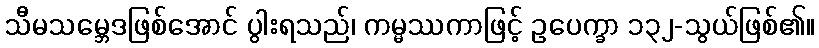
သီမသမ္ဘေဒဖြစ်အောင် ပွါးရသည်၊ ကမ္မဿကာဖြင့် ဥပေက္ခာ ၁၃၂-သွယ်ဖြစ်၏။